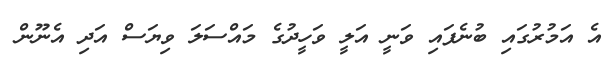
އެ އަމުރުގައި ބުނެފައި ވަނީ އަލީ ވަހީދުގެ މައްސަލަ ވިޔަސް އަދި އެނޫން